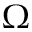
\Omega